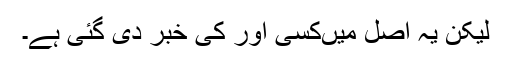
لیکن یہ اصل میں‌کسی اور کی خبر دی گئی ہے۔